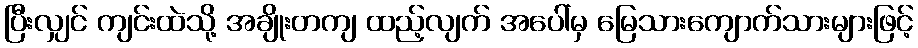
ပြီးလျှင် ကျင်းထဲသို့ အချိုးတကျ ထည့်လျက် အပေါ်မှ မြေသားကျောက်သားများဖြင့်